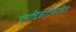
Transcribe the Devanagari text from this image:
प्रताधिकारविरहित